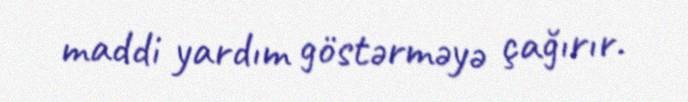
maddi yardım göstərməyə çağırır.